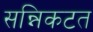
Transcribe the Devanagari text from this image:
सन्निकटत